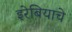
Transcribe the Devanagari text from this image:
इरेबियाचे